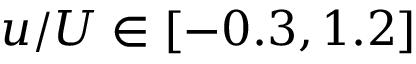
u / U \in [ - 0 . 3 , 1 . 2 ]